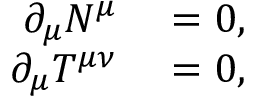
\begin{array} { r l } { \partial _ { \mu } N ^ { \mu } } & { { } = 0 , } \\ { \partial _ { \mu } T ^ { \mu \nu } } & { { } = 0 , } \end{array}